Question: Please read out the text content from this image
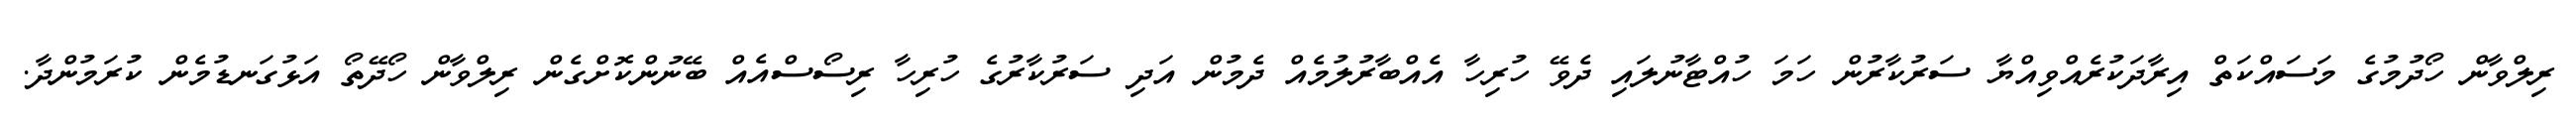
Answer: ރިލްވާން ހޯދުމުގެ މަސައްކަތް އިރާދަކުރެއްވިއްޔާ ސަރުކާރުން ހަމަ ހުއްޓާނުލައި ދެވޭ ހުރިހާ އެއްބާރުލުމެއް ދެމުން އަދި ސަރުކާރުގެ ހުރިހާ ރިސޯސްއެއް ބޭނުންކޮށްގެން ރިލްވާން ހޯދޭތޯ އަޅުގަނޑުމެން ކުރަމުންދާ.